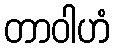
တာဝါဟံ